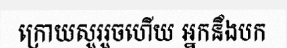
ក្រោយសួររួចហើយ អ្នកនឹងបក